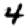
Digit: 4